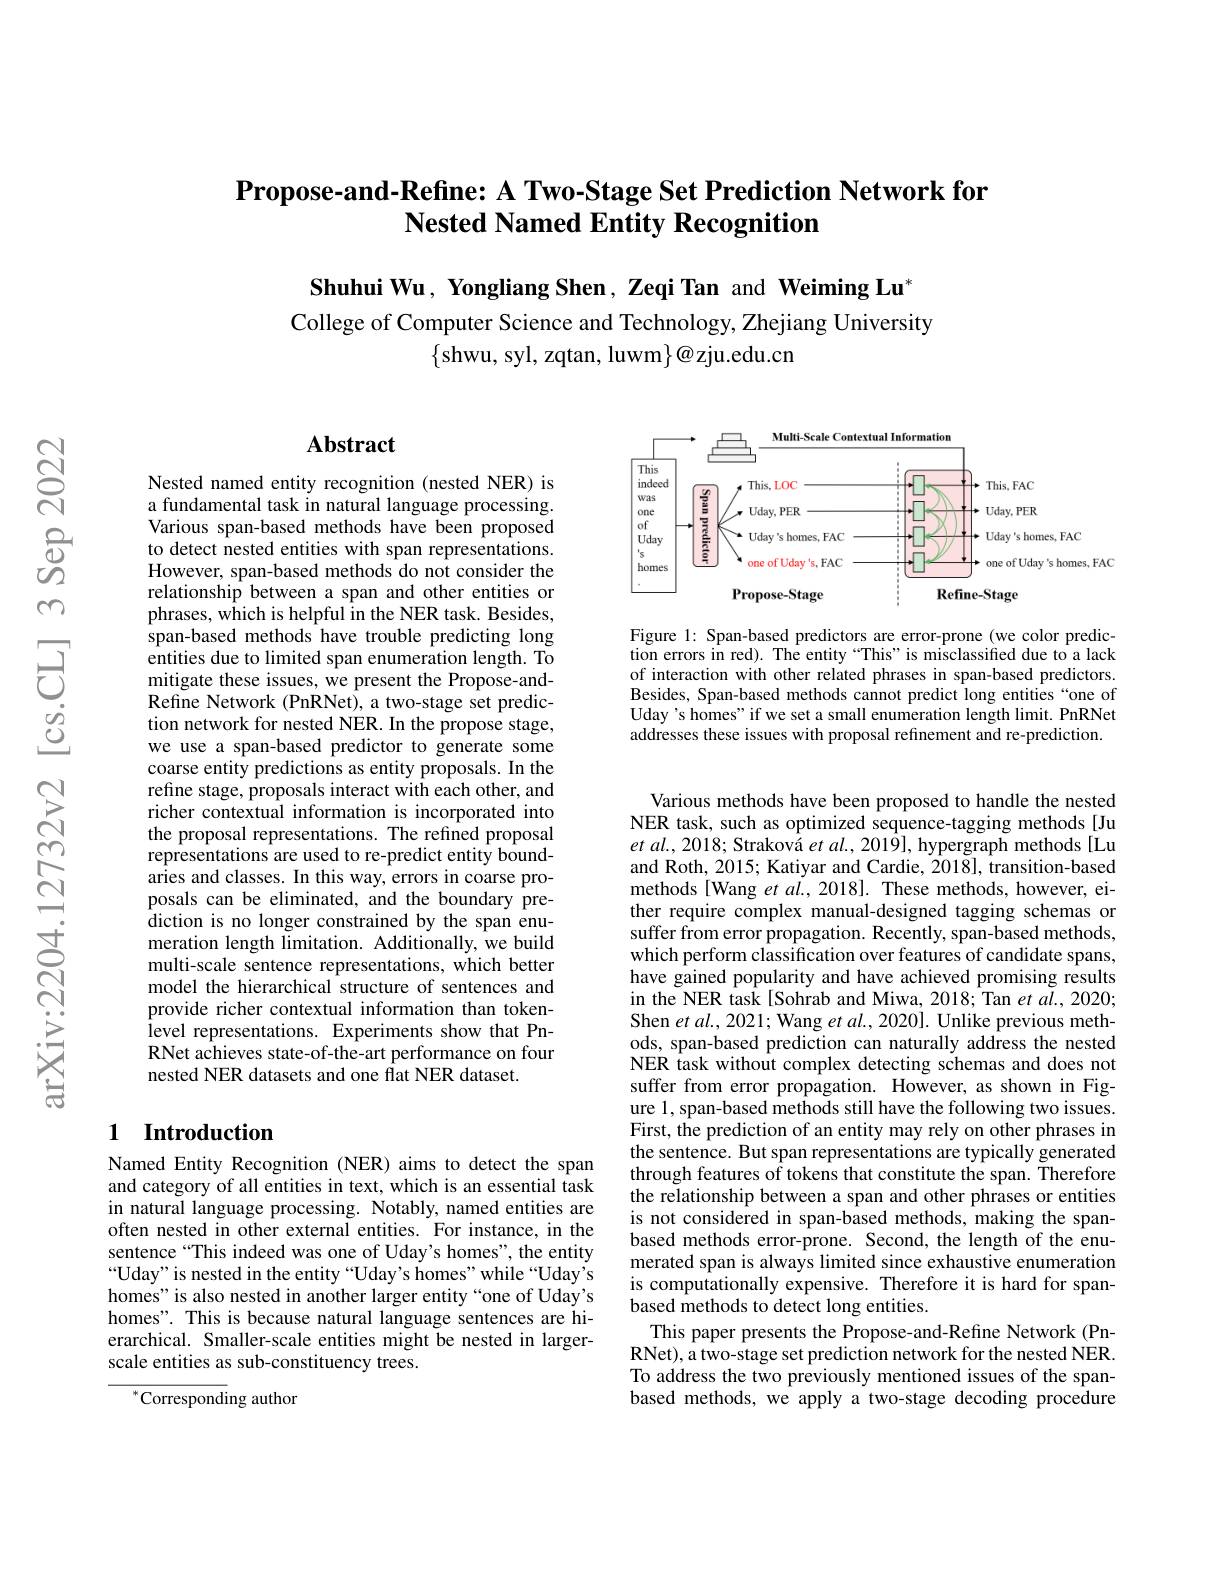
## Propose-and-Refine: A Two-Stage Set Prediction Network for $\textbf{Nested Named Entity Recognition}$

Shuhui Wu, Yongliang Shen, Zeqi Tan and Weiming Lu'
College of Computer Science and Technology, Zhejiang University
$\{$shwu, syl, zqtan, luwm$\}@$zju.edu.cn

## Abstract

Nested named entity recognition (nested NER) is a fundamental task in natural language processing. Various span-based methods have been proposed to detect nested entities with span representations. However, span-based methods do not consider the relationship between a span and other entities or phrases, which is helpful in the NER task. Besides, span-based methods have trouble predicting long entities due to limited span enumeration length. To mitigate these issues, we present the Propose-andRefine Network (PnRNet), a two-stage set prediction network for nested NER. In the propose stage, we use a span-based predictor to generate some coarse entity predictions as entity proposals. In the refine stage, proposals interact with each other, and richer contextual information is incorporated into the proposal representations. The refined proposal representations are used to re-predict entity boundaries and classes. In this way, errors in coarse proposals can be eliminated, and the boundary prediction is no longer constrained by the span enumeration length limitation. Additionally, we build multi-scale sentence representations, which better model the hierarchical structure of sentences and provide richer contextual information than tokenlevel representations. Experiments show that PnRNet achieves state-of-the-art performance on four nested NER datasets and one flat NER dataset.

## 1 Introduction

Named Entity Recognition (NER) aims to detect the span and category of all entities in text, which is an essential task in natural language processing. Notably, named entities are often nested in other external entities. For instance, in the sentence“This indeed was one of Uday's homes”, the entity “Uday" is nested in the entity“Uday's homes”while“Uday's homes" is also nested in another larger entity “one of Uday's homes". This is because natural language sentences are hierarchical. Smaller-scale entities might be nested in largerscale entities as sub-constituency trees.

$^{*}$Corresponding author

<FigureHere>

Figure 1: Span-based predictors are error-prone (we color prediction errors in red). The entity “This”is misclassified due to a lack of interaction with other related phrases in span-based predictors. Besides, Span-based methods cannot predict long entities“one of Uday's homes" if we set a small enumeration length limit. PnRNet addresses these issues with proposal refinement and re-prediction.

Various methods have been proposed to handle the nested NER task, such as optimized sequence-tagging methods[Ju et al., 2018; Straková $et\textit{al. , 2019}] $, hypergraph methods[Lu and Roth, 2015; Katiyar and Cardie, 2018], transition-based methods[Wang et $al.,2018].$ These methods, however, either require complex manual-designed tagging schemas or suffer from error propagation. Recently, span-based methods, which perform classification over features of candidate spans, have gained popularity and have achieved promising results in the NER task[Sohrab and Miwa, 2018; Tan et al., 2020; Shen et al., 2021; Wang et al., 2020]. Unlike previous methods, span-based prediction can naturally address the nested NER task without complex detecting schemas and does not suffer from error propagation. However, as shown in Figure 1, span-based methods still have the following two issues. First, the prediction of an entity may rely on other phrases in the sentence. But span representations are typically generated through features of tokens that constitute the span. Therefore the relationship between a span and other phrases or entities is not considered in span-based methods, making the spanbased methods error-prone. Second, the length of the enumerated span is always limited since exhaustive enumeration is computationally expensive. Therefore it is hard for spanbased methods to detect long entities.
This paper presents the Propose-and-Refine Network (PnRNet), a two-stage set prediction network for the nested NER. To address the two previously mentioned issues of the spanbased methods, we apply a two-stage decoding procedure